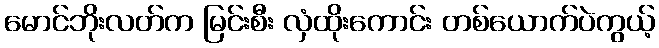
မောင်ဘိုးလတ်က မြင်းစီး လှံထိုးကောင်း တစ်ယောက်ပဲကွယ့်